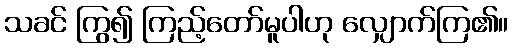
သခင် ကြွ၍ ကြည့်တော်မူပါဟု လျှောက်ကြ၏။